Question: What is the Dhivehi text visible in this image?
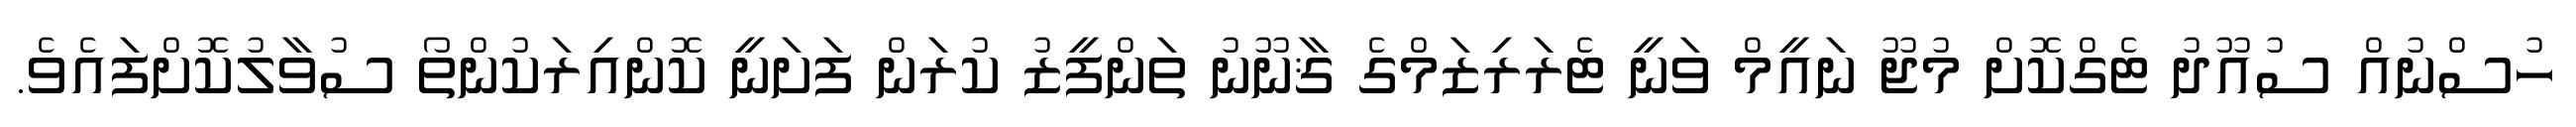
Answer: ހުސްނުއް ސުއޫދު ޓެގްކޮށް މުޖޫ ނައީމް ވަނީ ޓެރަރިޒަމްގެ ޤާނޫނު ތަންފީޒު ކުރަން ފަށަނީ ކޮންއިރަކުންތޯ ސުވާލުކޮށްފައެވެ.